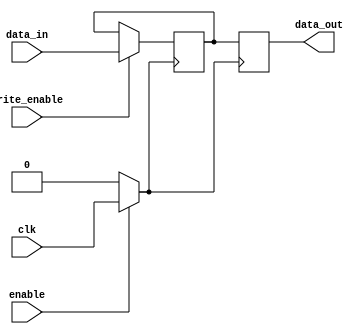
module ClockGatedMemory (
    input wire clk,            // Input clock signal
    input wire enable,         // Enable signal to control clock gating
    input wire [7:0] data_in,  // Input data for memory
    input wire write_enable,    // Write enable signal
    output reg [7:0] data_out   // Output data from memory
);

    reg [7:0] memory [0:255];   // Memory array (256 x 8 bits)
    wire gated_clk;              // Gated clock signal

    // Clock Gating Logic
    assign gated_clk = enable ? clk : 1'b0;

    // Memory Write Operation
    always @(posedge gated_clk) begin
        if (write_enable) begin
            memory[0] <= data_in;  // Simple write to address 0
        end
    end

    // Memory Read Operation
    always @(posedge gated_clk) begin
        data_out <= memory[0];      // Simple read from address 0
    end

endmodule